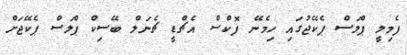
ފެމިލީ ޕްލަސް ޕެކޭޖުގައި ހިމެނޭ ފޮކްސް އެޗްޑީ ޗެނަލް ބޭސިކް ޕްލަސް ޕެކޭޖަށް